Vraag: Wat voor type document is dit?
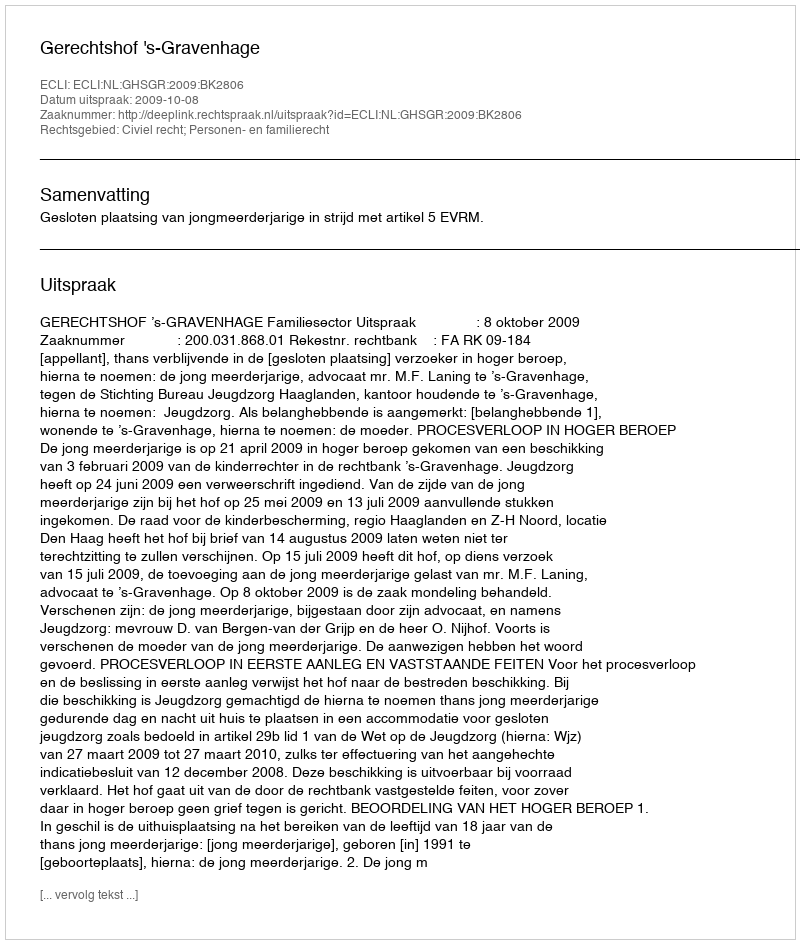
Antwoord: Uitspraak